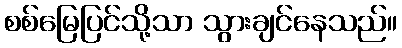
စစ်မြေပြင်သို့သာ သွားချင်နေသည်။